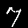
Digit: 7